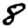
Digit: 8